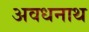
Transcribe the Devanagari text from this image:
अवधनाथ